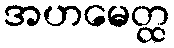
အဟမေတ္ထ